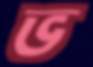
ভ